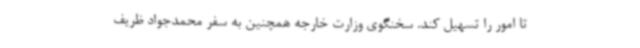
تا امور را تسهیل کند. سخنگوی وزارت خارجه همچنین به سفر محمدجواد ظریف